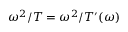
\omega ^ { 2 } / T = \omega ^ { 2 } / T ^ { \prime } ( \omega )